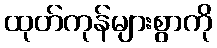
ထုတ်ကုန်များစွာကို